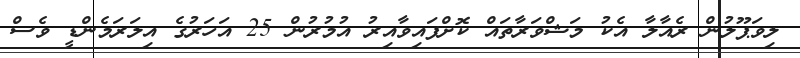
ލިވަޕޫލުން ރެއާލާ އެކު މަޝްވަރާތައް ކޮށްފައިވާއިރު އުމުރުން 25 އަހަރުގެ އިލަރަމެންޑީ ވެސް